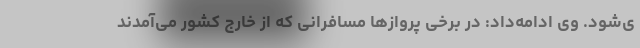
ی‌شود. وی ادامه‌داد: در برخی پروازها مسافرانی که از خارج کشور می‌آمدند